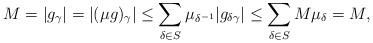
LaTeX: \begin{align*}M = |g_\gamma| = |(\mu g)_\gamma| \leq \sum_{\delta \in S} \mu_{\delta^{-1}} |g_{\delta\gamma}| \leq \sum_{\delta \in S} M \mu_\delta = M,\end{align*}